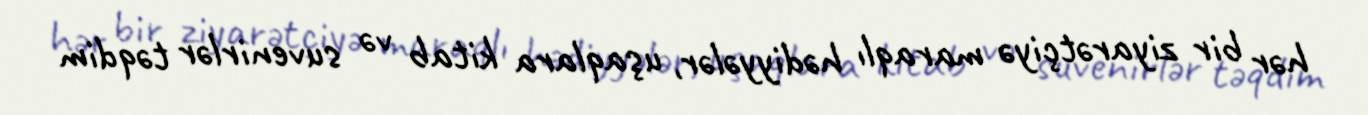
hər bir ziyarətçiyə maraqlı hədiyyələr, uşaqlara kitab və suvenirlər təqdim